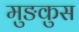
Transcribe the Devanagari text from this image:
मुङकुस